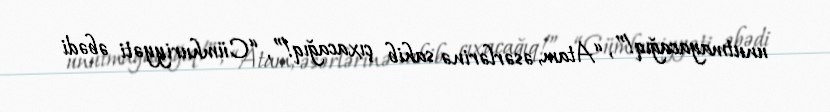
unutmayacağıq!”, “Atam, əsərlərinə sahib çıxacağıq!”, “Cümhuriyyəti əbədi